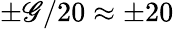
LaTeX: \pm\mathscr{G}/20\approx\pm20